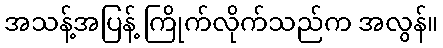
အသန့်အပြန့် ကြိုက်လိုက်သည်က အလွန်။